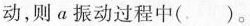
动，则α振动过程中（）。